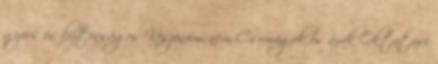
gyors és biztonságos Köszönöm, nem Csomagok és árak Oktatási